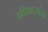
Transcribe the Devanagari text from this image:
अधिवासांना